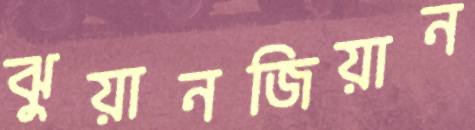
ঝুয়ানজিয়ান